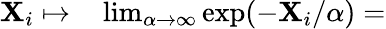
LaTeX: \begin{array}{rl}{\mathbf{X}_{i}\mapsto}&{{}\operatorname*{lim}_{\alpha\to\infty}\mathrm{exp}(-\mathbf{X}_{i}/\alpha)=}\end{array}